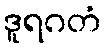
ဒူရဂတံ